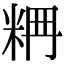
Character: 𥹣